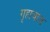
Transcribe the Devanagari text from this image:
गृहाचाच